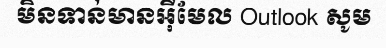
មិនទាន់មានអ៊ីមែល Outlook សូម